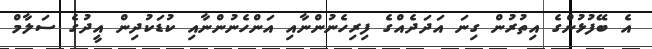
އެ ބޭފުޅުންގެ އިތުރުން ގިނަ އަދަދެއްގެ ފިރިހެނުންނާއި އަންހެނުންނާއި ކުޑަކުދިން އީދުގެ ސަލާމް